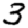
Digit: 3